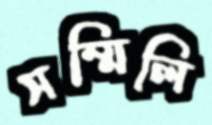
সম্মিলি